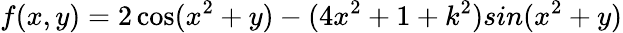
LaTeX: f(x,y)=2\cos(x^{2}+y)-(4x^{2}+1+k^{2})sin(x^{2}+y)